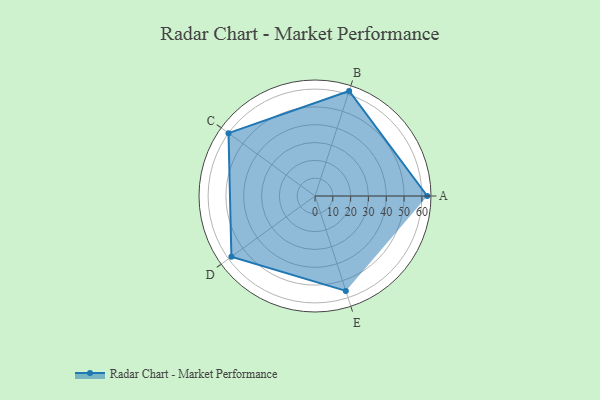
{"axis": {"x": "Skill", "y": "Score"}, "legend": ["Profile"], "data": [{"x": "A", "y": 63.0, "type": "Profile"}, {"x": "B", "y": 62.0, "type": "Profile"}, {"x": "C", "y": 60.0, "type": "Profile"}, {"x": "D", "y": 58.0, "type": "Profile"}, {"x": "E", "y": 56.0, "type": "Profile"}]}